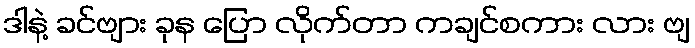
ဒါနဲ့ ခင်ဗျား ခုန ပြော လိုက်တာ ကချင်စကား လား ဗျ